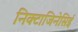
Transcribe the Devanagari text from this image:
निक्टाजिनेसिई